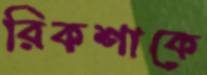
রিকশাকে